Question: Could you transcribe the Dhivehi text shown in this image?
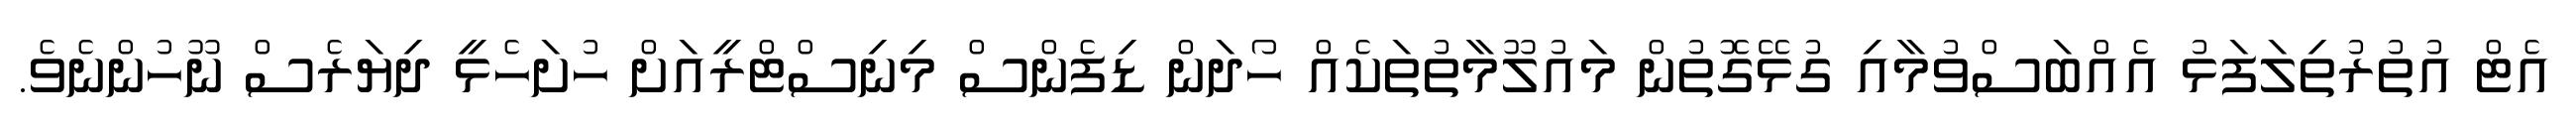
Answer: އެޓް އުތުރުތިލަފަޅު އެއްބަސްވުމާއި ގުޅޭގޮތުން މައުލޫމާތުތަކެއް ހޯދަން ޑިފެންސް މިނިސްޓްރީއަށް ހުށަހެޅީ ދިޔަރެސް ނޫހުންނެވެ.